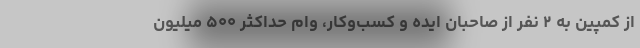
از کمپین به ۲ نفر از صاحبان ایده و کسب‌وکار، وام حداکثر ۵۰۰ میلیون